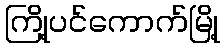
ကြို့ပင်ကောက်မြို့